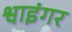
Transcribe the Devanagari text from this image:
श्वाइंगर